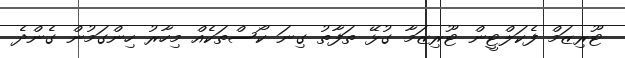
ޓޫރިޒަމް ފެކަލްޓީން ޓޫރިޒަމާ ގުޅޭ ތަފާތު ގިނަ ކޯސްތަކެއް މިހާރު ހިންގަމުން ގެންދެ